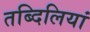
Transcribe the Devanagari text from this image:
तब्दिलियां